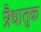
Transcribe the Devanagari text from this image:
त्रैधातुक